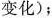
变化)；